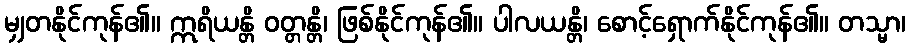
မျှတနိုင်ကုန်၏။ ဣရိယန္တိ ဝတ္တန္တိ၊ ဖြစ်နိုင်ကုန်၏။ ပါလယန္တိ၊ စောင့်ရှောက်နိုင်ကုန်၏။ တသ္မာ၊